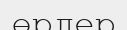
өрлер